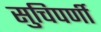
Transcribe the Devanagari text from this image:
सुचिपर्णी